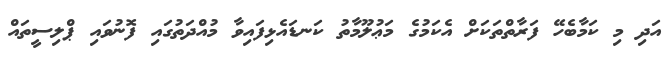
އަދި މި ކަމާބެހޭ ފަރާތްތަކަށް އެކަމުގެ މަޢުލޫމާތު ކަނޑައެޅިފައިވާ މުއްދަތުގައި ފޮނުވައި ޕްލިސީތައް